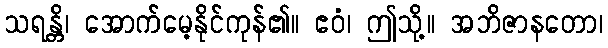
သရန္တိ၊ အောက်မေ့နိုင်ကုန်၏။ ဧဝံ၊ ဤသို့။ အဘိဇာနတော၊